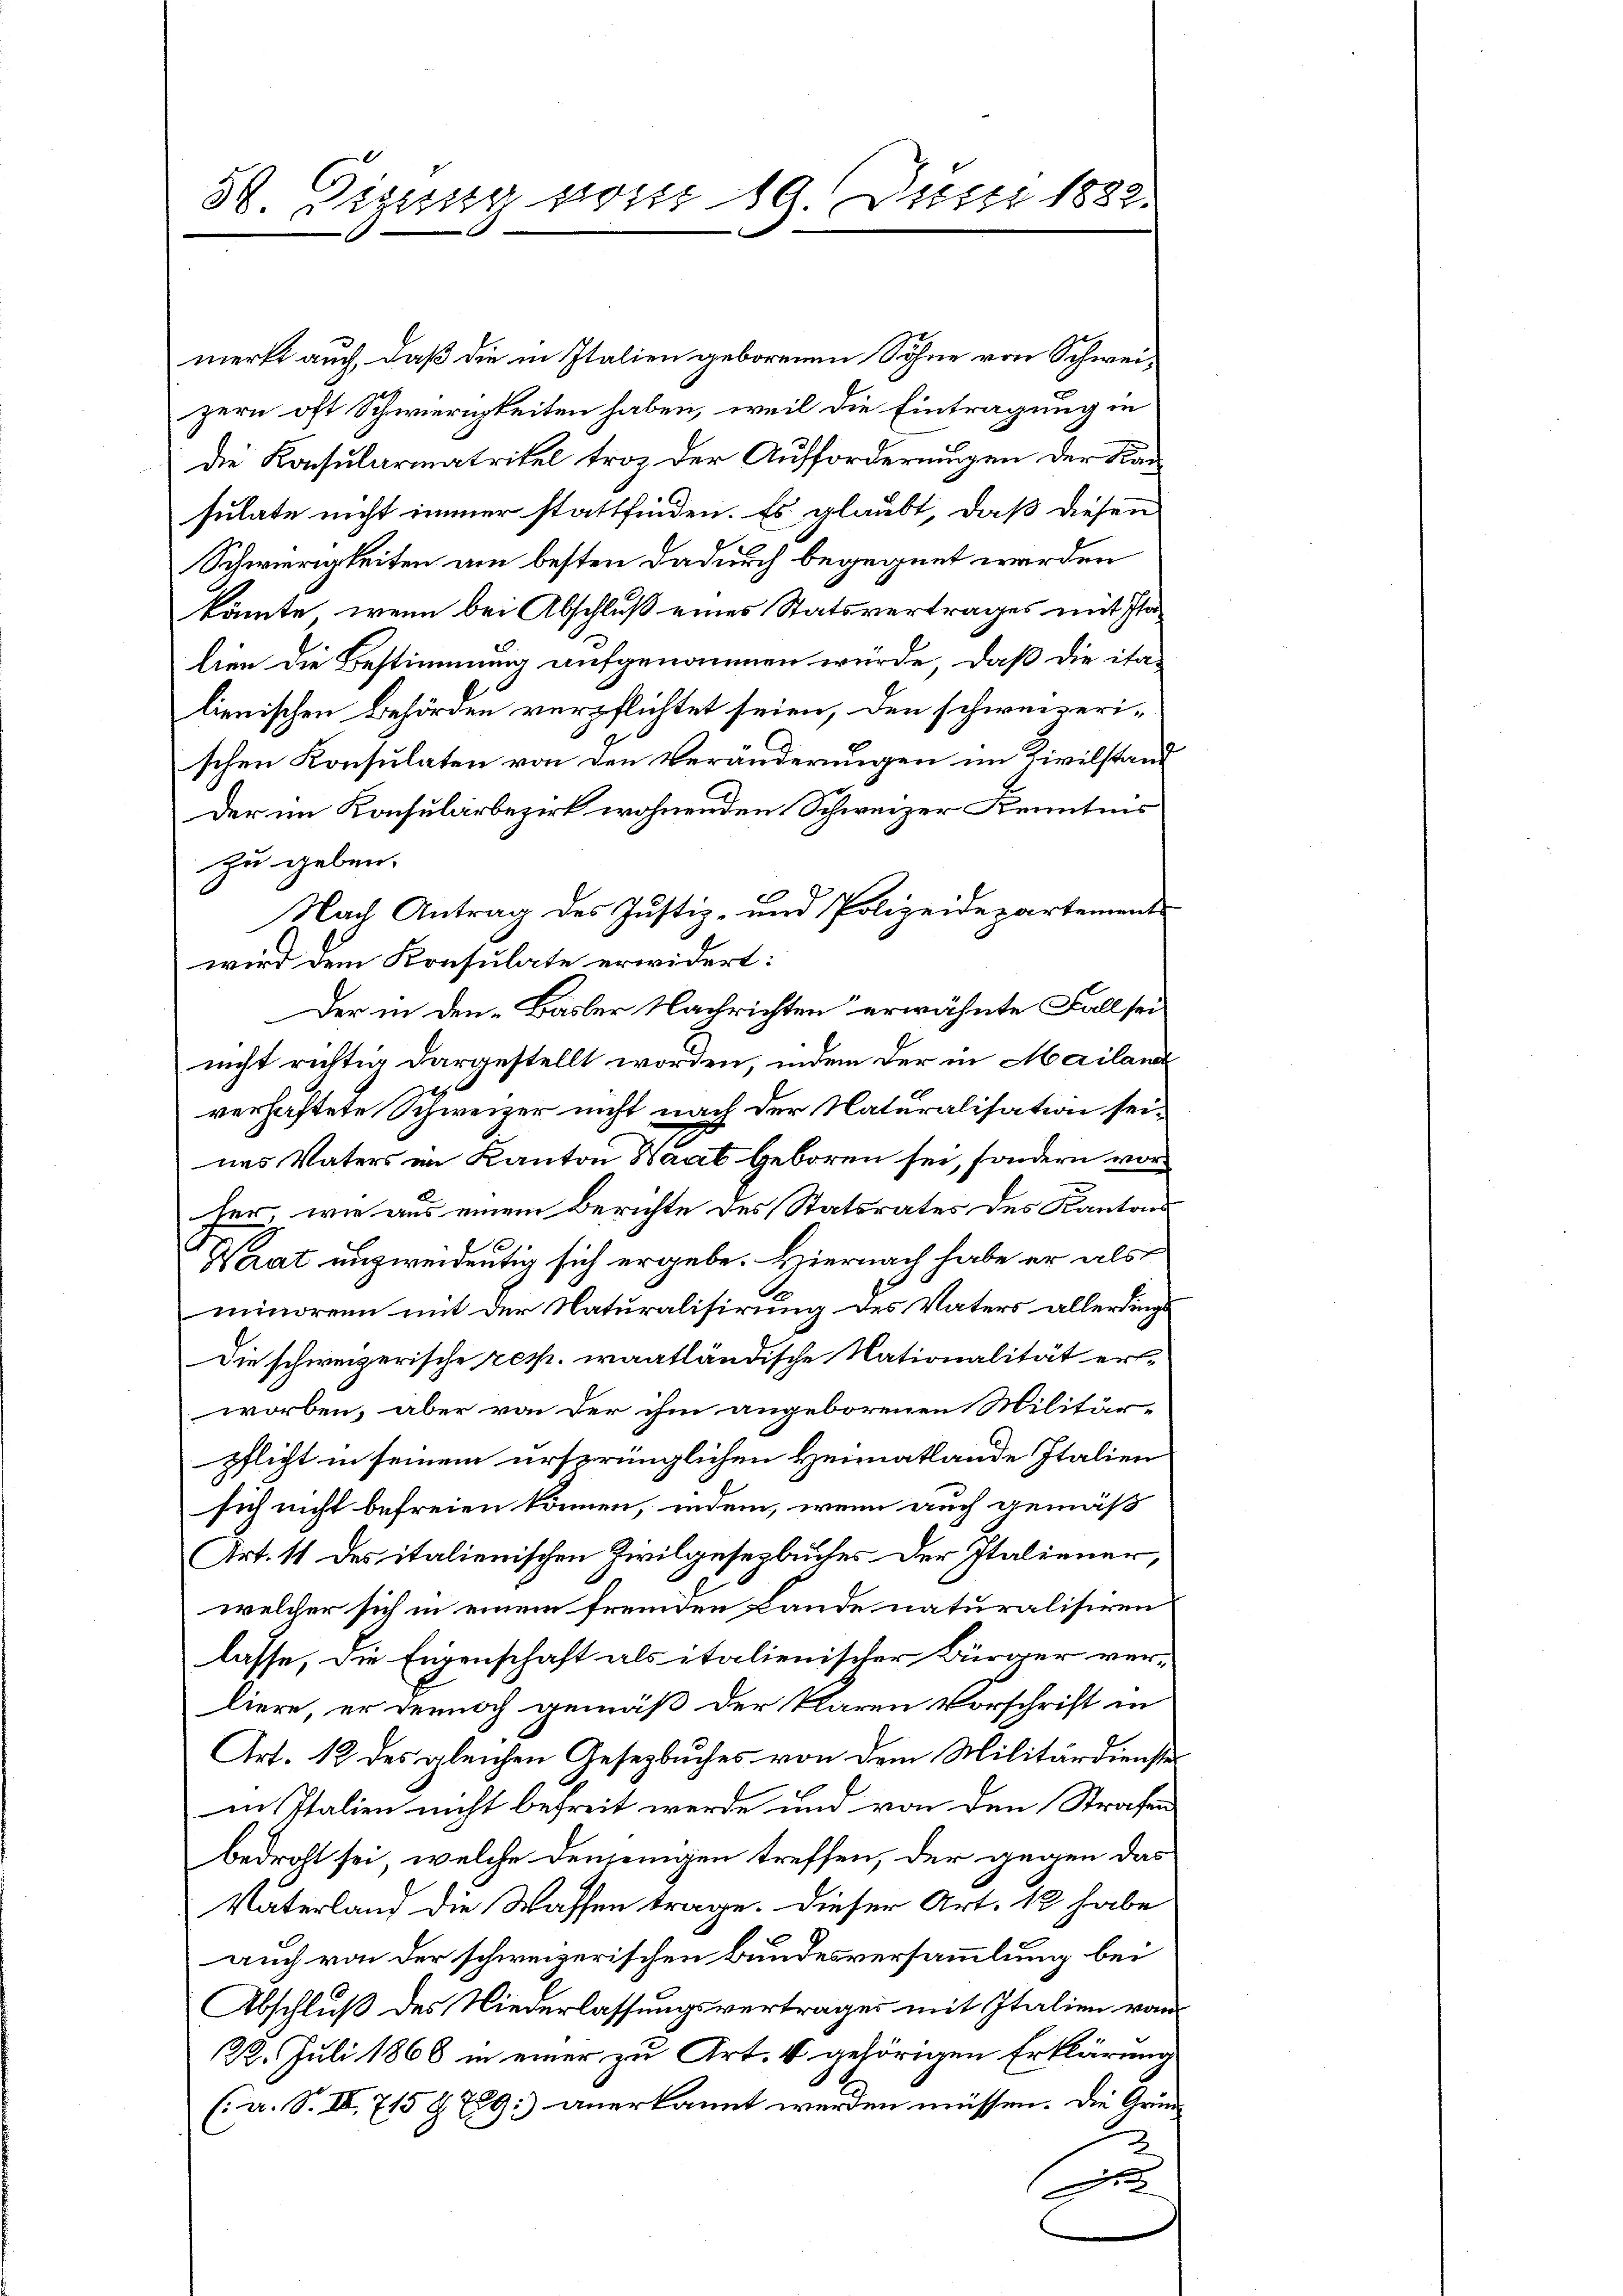
merkt auch, daß die in Italien geborenen Söhne von Schweizern oft Schwierigkeiten haben, weil die Eintragung in
die Konsularmatrikel troz der Aufforderungen der Kansulate nicht immer stattfinden. Es glaubt, daß diesen
Schwierigkeiten am besten dadurch begegnet werden
könnte, wenn bei Abschluß eines Statsvertrages mit Plalien die Bestimmung aufgenommen würde. Daß die ita-
lienischen Behörden verpflichtet seien, den schweizerischen Konsulaten von den Veränderungen im Zivilstand
Der im Konsularbezirk wohnenden Schweizer Kenntnis
zu geben.
Nach Antrag des Justiz- und Polizeidepartements
wird dem Konsulate erwidert:
Der in den Basler Nachrichten erwähnte Fall seinicht richtig dargestellt worden, indem der in Mailand
verhaftete Schweizer nicht nach der Naturalisation seines Vaters im Kanton Haat geboren sei, sondern vorher, wie aus einem Berichte des Statsrates des Kantons
Waat unzweidentig sich ergebe. Hiernach habe er als
minorenn mit der Naturalisirung des Vaters allerdings
Die schweizerische resp. waatländische Nationalität erworben, aber von der ihm angeborenen Militärpflicht in seinem ursprünglichen Heimatlande Italien
sich nicht befreien können, indem, wenn auch gemäß
Art. 11 des italienischen Zivilgesetzbuches der Italiener,
welcher sich in einem fremden Lande naturalisiren
lasse, die Eigenschaft als italienischer Bürger verliere, er dennoch gemäß der klaren Vorschrift in
Art. 12 des gleichen Gesetzbuches von dem Militärdienste
in Italien nicht befreit werde und von den Strafen
bedroht sei, welche denjenigen treffen, der gegen das
Vaterland die Wassen trage. Dieser Art. 1 habe
auch von der schweizerischen Bundesversammlung bei
Abschluß des Niederlassungsvertrages mit Italien vom
22. Juli 1868 in einer zu Art. 4 gehörigen Erklärung
(a. S. IV 715 § 789. anerkannt werden müssen. Die Grün¬
2.
e

38. Sizung ist 19. Juni 1882.